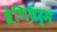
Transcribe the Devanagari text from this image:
श्रेणिधर्म